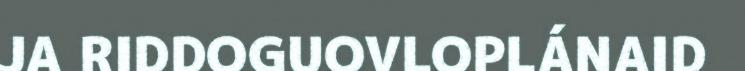
JA RIDDOGUOVLOPLÁNAID